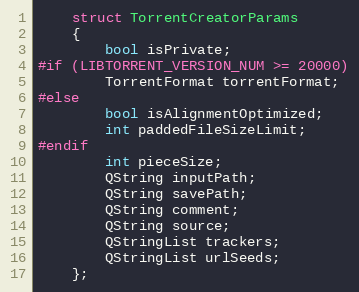
Language: C
    struct TorrentCreatorParams
    {
        bool isPrivate;
#if (LIBTORRENT_VERSION_NUM >= 20000)
        TorrentFormat torrentFormat;
#else
        bool isAlignmentOptimized;
        int paddedFileSizeLimit;
#endif
        int pieceSize;
        QString inputPath;
        QString savePath;
        QString comment;
        QString source;
        QStringList trackers;
        QStringList urlSeeds;
    };